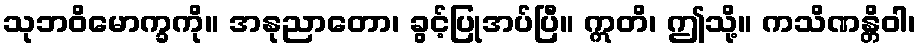
သုဘဝိမောက္ခကို။ အနုညာတော၊ ခွင့်ပြုအပ်ပြီ။ ဣတိ၊ ဤသို့။ ကသိဏန္တိဝါ၊